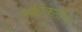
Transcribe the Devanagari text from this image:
आफ्रीकेतील